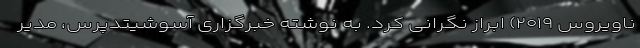
ناویروس ۲۰۱۹) ابراز نگرانی کرد. به نوشته خبرگزاری آسوشیتدپرس، مدیر